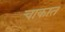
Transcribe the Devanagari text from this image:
चाकात